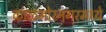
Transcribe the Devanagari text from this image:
काळभोरनगरमध्ये